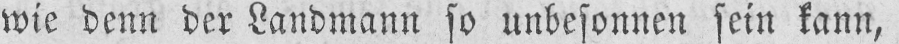
wie denn der Landmann so unbesonnen sein kann,